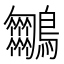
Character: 𪈵